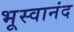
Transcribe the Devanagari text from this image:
भूस्वानंद